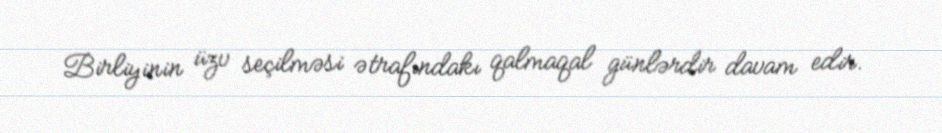
Birliyinin üzv seçilməsi ətrafındakı qalmaqal günlərdir davam edir.